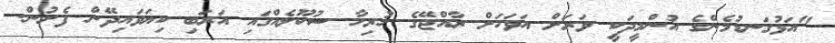
"އަޅުގަނޑުމެންގެ އުންމީދަކީ ވަރަށް އަވަހަށް ރާއްޖޭގެ ހުރިހާ ސުކޫލެއްގައި އަރަބި ކިޔަވައިދޭން ފެށުން.